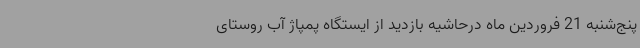
پنج‌شنبه 21 فروردین ماه درحاشیه بازدید از ایستگاه پمپاژ آب روستای